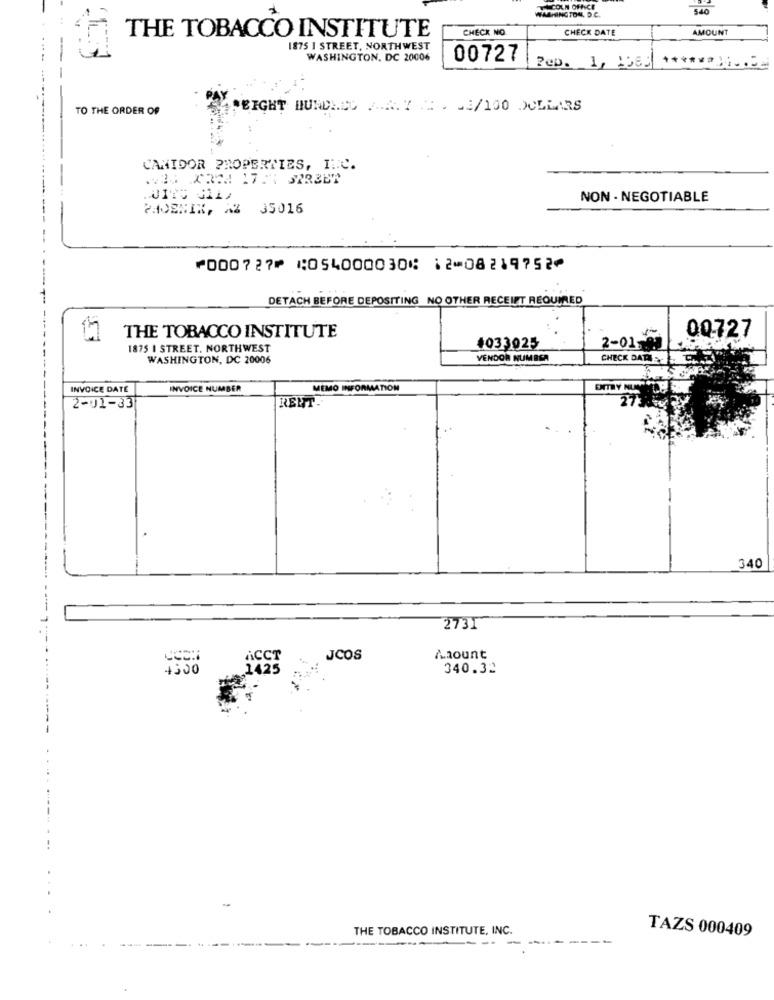
COLN OFFICE
340
WASHINGTON, D.C.
CHECK NO
CHECK DATE
AMOUNT
THE TOBACCO INSTITUTE
1875 I STREET, NORTHWEST
WASHINGTON, DC 20006
00727
feb. 1, 1583
TO THE ORDER OF
SPEIGHT HUNDRED A.A. Y .. . 3/100 DOLLARS
CAMIDOR PROPERTIES, INC.
NON- NEGOTIABLE
PHOENIX, AZ 35016
---
⑈000727⑈ ⑆054000030⑆ 12⑉08219752⑈
DETACH BEFORE DEPOSITING NO OTHER RECEIPT REQUIRED
00727
THE TOBACCO INSTITUTE
1875 I STREET, NORTHWEST
4033025
2-01-8
WASHINGTON, DC 20006
VENDOR NUMBER
CHECK DAT
INVOICE DATE
INVOICE NUMBER
MEMO INFORMATION
ENTRY NUN
REET.
2-01-33
340
2731
ACCT
JCOS
Amount
1425
340.32
THE TOBACCO INSTITUTE, INC.
TAZS 000409
----
--------